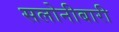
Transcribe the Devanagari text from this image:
सलोनीबारी